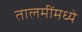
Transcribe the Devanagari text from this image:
तालमींमध्ये